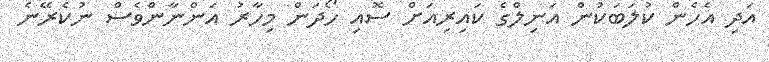
އަދި އެހެން ކުލަބަކުން އަނިލްގެ ކައިރިއަށް ސޮއި ހޯދަން މިހާރު އަންނާންވެސް ނުކެރޭނެ